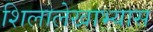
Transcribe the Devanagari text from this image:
शिलालेखाभ्यास